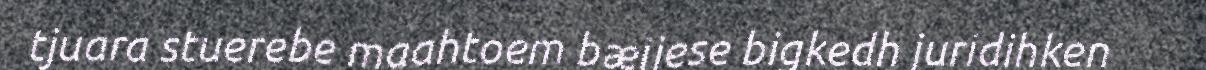
tjuara stuerebe maahtoem bæjjese bigkedh juridihken